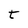
Character: t